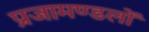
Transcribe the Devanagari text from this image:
प्रजामण्डलों